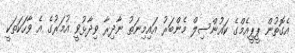
އެގޮތުން ޕީޕީއެމްގެ ކައުންސިލް މެންބަރު އައިމިނަތު ނާދިރާ ވިދާޅުވީ އުމަރުގެ އެ ވާހަކަތަކީ